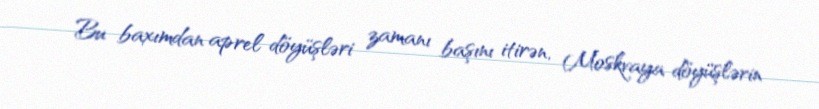
Bu baxımdan aprel döyüşləri zamanı başını itirən, Moskvaya döyüşlərin